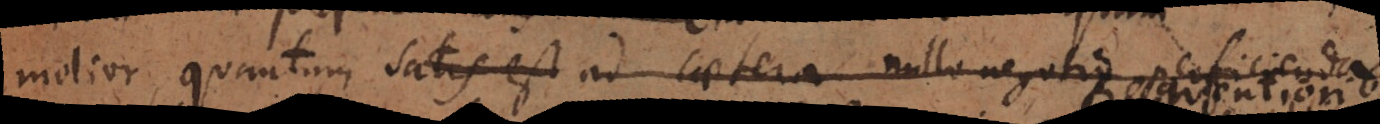
molior (quantum satis est ad caetera nullo negotio perficienda